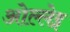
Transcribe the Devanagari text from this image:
ओल्लेइ